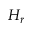
H _ { r }